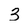
Character: 3